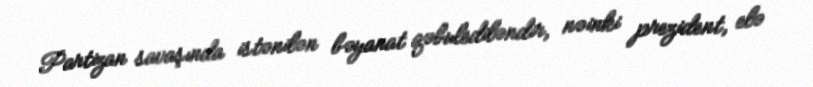
Partizan savaşında istənilən bəyanat qəbulediləndir, nəinki prezident, elə